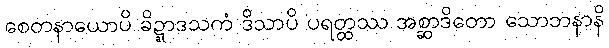
စေတနာယောပိ ခိဍ္ဍာဒသကံ ဒိသာပိ ပရတ္ထဿ အစ္ဆာဒိတော သောဘနာနိ